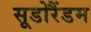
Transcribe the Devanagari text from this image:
सूडोरैंडम